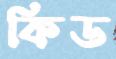
কিড